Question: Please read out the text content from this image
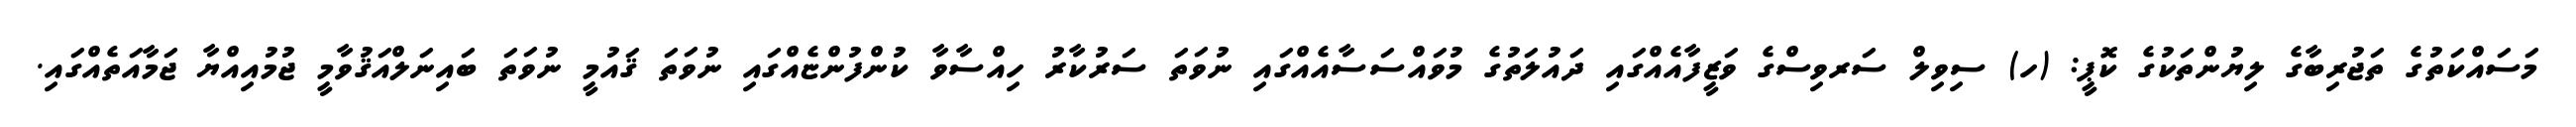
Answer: މަސައްކަތުގެ ތަޖުރިބާގެ ލިޔުންތަކުގެ ކޮޕީ: (ހ) ސިވިލް ސަރވިސްގެ ވަޒީފާއެއްގައި ދައުލަތުގެ މުވައްސަސާއެއްގައި ނުވަތަ ސަރުކާރު ހިއްސާވާ ކުންފުންޏެއްގައި ނުވަތަ ޤައުމީ ނުވަތަ ބައިނަލްއަޤުވާމީ ޖުމުއިއްޔާ ޖަމާއަތެއްގައި.